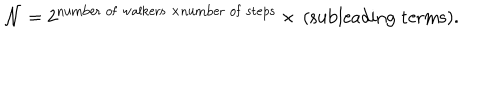
{ \cal N } = 2 ^ { \mathrm { n u m b e r \; o f \; w a l k e r s \; } \times \mathrm { n u m b e r \; o f \; s t e p s } } \times \, \mathrm { ( s u b l e a d i n g \; t e r m s ) } .